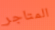
المتاجر